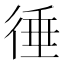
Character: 𢔝